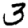
Digit: 3